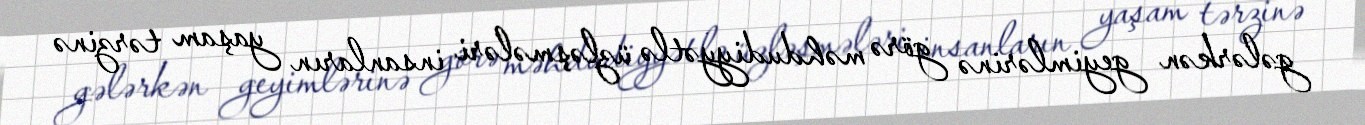
gələrkən geyimlərinə görə məhdudiyyətlə üzləşmələri insanların yaşam tərzinə